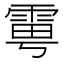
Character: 𩂾